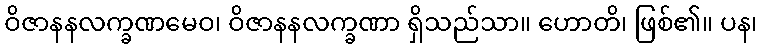
ဝိဇာနနလက္ခဏမေဝ၊ ဝိဇာနနလက္ခဏာ ရှိသည်သာ။ ဟောတိ၊ ဖြစ်၏။ ပန၊